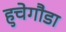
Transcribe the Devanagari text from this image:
हुचेगौडा